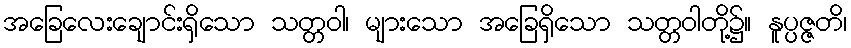
အခြေလေးချောင်းရှိသော သတ္တဝါ၊ များသော အခြေရှိသော သတ္တဝါတို့၌။ နူပ္ပဇ္ဇတိ၊